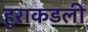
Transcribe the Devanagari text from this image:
हुराकडली